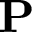
\textbf { P }